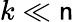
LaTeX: k\ll\mathsf{n}